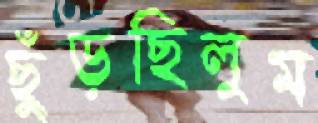
ছুঁড়ছিলুম